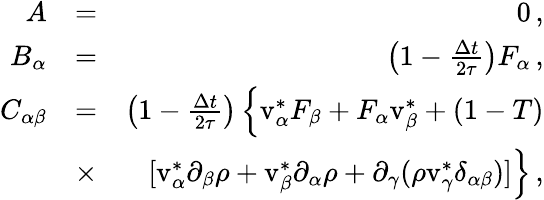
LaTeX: \begin{array}{rlr}{A}&{=}&{0\, ,}\\ {B_{\alpha}}&{=}&{\left(1-\frac{\Delta t}{2\tau}\right)F_{\alpha}\, ,}\\ {C_{\alpha\beta}}&{=}&{\left(1-\frac{\Delta t}{2\tau}\right)\left\{ \mathrm{v}_{\alpha}^{*}F_{\beta}+F_{\alpha}\mathrm{v}_{\beta}^{*}+(1-T)\right.}\\ &{\times}&{\left.[\mathrm{v}_{\alpha}^{*}\partial_{\beta}\rho+\mathrm{v}_{\beta}^{*}\partial_{\alpha}\rho+\partial_{\gamma}(\rho\mathrm{v}_{\gamma}^{*}\delta_{\alpha\beta})]\right\} \, ,}\end{array}